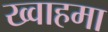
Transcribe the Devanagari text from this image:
ख्वाहमा